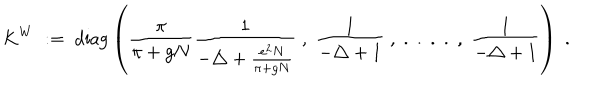
LaTeX: K ^ { W } \; : = \; \mathrm { d i a g } \left( \frac { \pi } { \pi + g N } \frac { 1 } { - \triangle + \frac { e ^ { 2 } N } { \pi + g N } } \; , \; \frac { 1 } { - \triangle + 1 } \; , \; . \; . \; . \; . \; , \; \frac { 1 } { - \triangle + 1 } \right) \; .